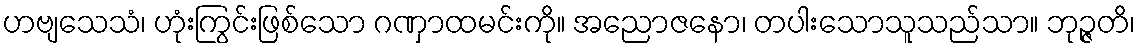
ဟဗျသေသံ၊ ဟုံးကြွင်းဖြစ်သော ဂဏှာထမင်းကို။ အညောဇနော၊ တပါးသောသူသည်သာ။ ဘုဉ္ဇတိ၊